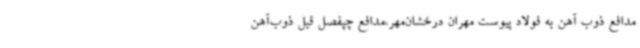
مدافع ذوب آهن به فولاد پیوست مهران درخشان‌مهر،مدافع چپفصل قبل ذوب‌آهن